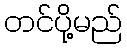
တင်ပို့မည်